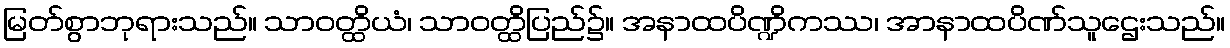
မြတ်စွာဘုရားသည်။ သာဝတ္ထိယံ၊ သာဝတ္ထိပြည်၌။ အနာထပိဏ္ဍိကဿ၊ အာနာထပိဏ်သူဌေးသည်။